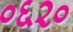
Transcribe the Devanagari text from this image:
०६२०